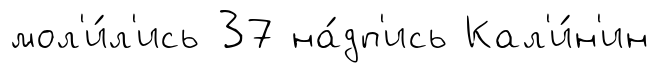
мол'и́л'ись 37 на́дп'ись Кал'и́н'ин